Lunatic asylums in Bengal annual reports 1899-1911 - 1899-1911
Year: 1899
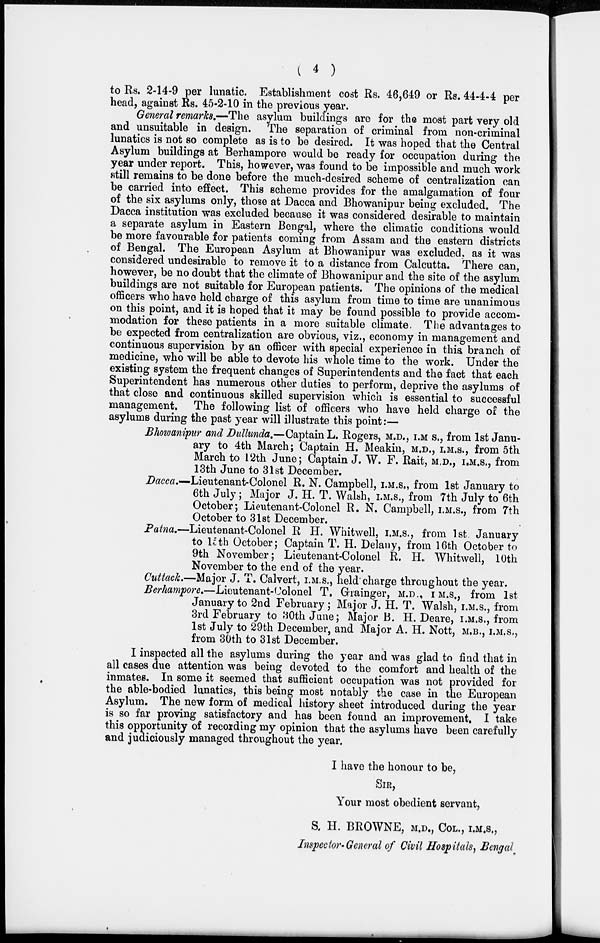
( 4 )
to Rs. 2-14-9 per lunatic. Establishment cost Rs. 46,649 or Rs. 44-4-4 per
head, against Rs. 45-2-10 in the previous year.
General remarks.—The asylum buildings are for the most part very old
and unsuitable in design. The separation of criminal from non-criminal
lunatics is not so complete as is to be desired. It was hoped that the Central
Asylum buildings at Berhampore would be ready for occupation during the
year under report. This, however, was found to be impossible and much work
still remains to be done before the much-desired scheme of centralization can
be carried into effect. This scheme provides for the amalgamation of four
of the six asylums only, those at Dacca and Bhowanipur being excluded. The
Dacca institution was excluded because it was considered desirable to maintain
a separate asylum in Eastern Bengal, where the climatic conditions would
be more favourable for patients coming from Assam and the eastern districts
of Bengal. The European Asylum at Bhowanipur was excluded, as it was
considered undesirable to remove it to a distance from Calcutta. There can,
however, be no doubt that the climate of Bhowanipur and the site of the asylum
buildings are not suitable for European patients. The opinions of the medical
officers who have held charge of this asylum from time to time are unanimous
on this point, and it is hoped that it may be found possible to provide accom-
modation for these patients in a more suitable climate. The advantages to
be expected from centralization are obvious, viz., economy in management and
continuous supervision by an officer with special experience in this branch of
medicine, who will be able to devote his whole time to the work. Under the
existing system the frequent changes of Superintendents and the fact that each
Superintendent has numerous other duties to perform, deprive the asylums of
that close and continuous skilled supervision which is essential to successful
management. The following list of officers who have held charge of the
asylums during the past year will illustrate this point:—
Bhowanipur and Dullunda.—Captain L. Rogers, M.D., I.M S., from 1st Janu-
ary to 4th March; Captain H. Meakin, M.D., I.M.S., from 5th
March to 12th June; Captain J. W. F. Rait, M.D., I.M.S., from
13th June to 31st December.
Dacca.—Lieutenant-Colonel R. N. Campbell, I.M.S., from 1st January to
6th July ; Major J. H. T. Walsh, I.M.S., from 7th July to 6th
October; Lieutenant-Colonel R. N. Campbell, I.M.S., from 7th
October to 31st December.
Patna.—Lieutenant-Colonel R. H. Whitwell, I.M.S., from 1st January
to 15th October; Captain T. H. Delany, from 16th October to
9th November; Lieutenant-Colonel R. H. Whitwell, 10th
November to the end of the year.
Cuttack.—Major J. T. Calvert, I.M.S., held charge throughout the year.
Berhampore.—Lieutenant-Colonel T. Grainger, M.D., I M.S., from 1st
January to 2nd February; Major J. H. T. Walsh, I.M.S., from
3rd February to 30th June; Major B. H. Deare, I.M.S., from
1st July to 29th December, and Major A. H. Nott, M.B., I.M.S.,
from 30th to 31st December.
I inspected all the asylums during the year and was glad to find that in
all cases due attention was being devoted to the comfort and health of the
inmates. In some it seemed that sufficient occupation was not provided for
the able-bodied lunatics, this being most notably the case in the European
Asylum. The new form of medical history sheet introduced during the year
is so far proving satisfactory and has been found an improvement. I take
this opportunity of recording my opinion that the asylums have been carefully
and judiciously managed throughout the year.
I have the honour to be,
SIR,
Your most obedient servant,
S. H. BROWNE, M.D., COL., I.M.S.,
Inspector-General of Civil Hospitals, Bengal.